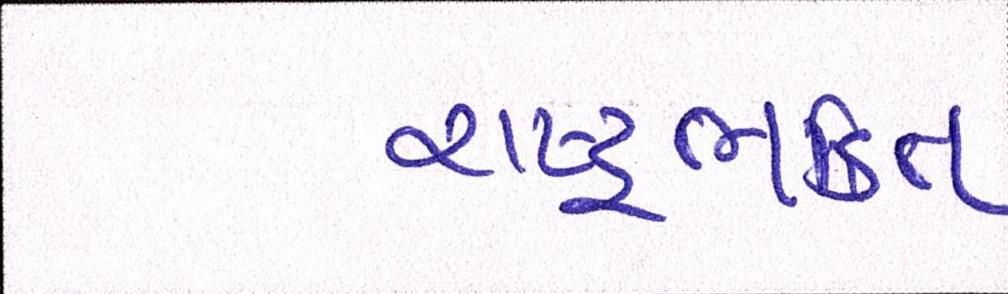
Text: રાષ્ટ્રભક્તિ